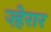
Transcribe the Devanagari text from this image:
ज़्हेरार